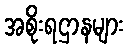
အစိုးရဌာနများ